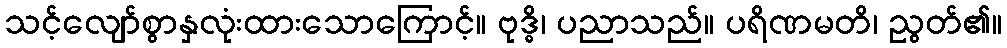
သင့်လျော်စွာနှလုံးထားသောကြောင့်။ ဗုဒ္ဓိ၊ ပညာသည်။ ပရိဏမတိ၊ ညွတ်၏။